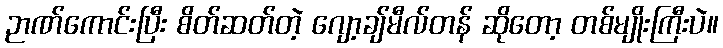
ဉာဏ်ကောင်းပြီး စိတ်ဆတ်တဲ့ ဂျော့ချ်မီလ်တန် ဆိုတော့ တစ်မျိုးကြီးပဲ။